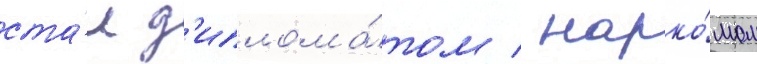
ста́л д'иплома́том / нарко́мом